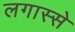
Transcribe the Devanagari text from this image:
लगास्से